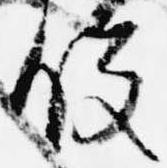
役